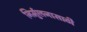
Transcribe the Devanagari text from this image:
निर्मुलनासाठी